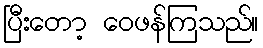
ပြီးတော့ ဝေဖန်ကြသည်။